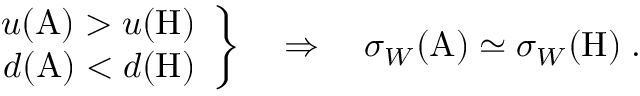
\left. \begin{array} { r } { { u ( \mathrm { A } ) > u ( \mathrm { H } ) } } \\ { { d ( \mathrm { A } ) < d ( \mathrm { H } ) } } \end{array} \right\} \quad \Rightarrow \quad \sigma _ { W } ( \mathrm { A } ) \simeq \sigma _ { W } ( \mathrm { H } ) \; .